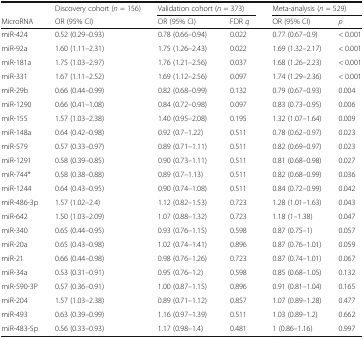
<table><thead><tr><td></td><td><b>Discovery cohort (<i>n</i> = 156)</b></td><td colspan="2"><b>Validation cohort (<i>n</i> = 373)</b></td><td colspan="2"><b>Meta-analysis (<i>n</i> = 529)</b></td></tr><tr><td><b>MicroRNA</b></td><td><b>OR (95% CI)</b></td><td><b>OR (95% CI)</b></td><td><b>FDR <i>q</i></b></td><td><b>OR (95% CI)</b></td><td><b><i>p</i></b></td></tr></thead><tbody><tr><td>miR-424</td><td>0.52 (0.29–0.93)</td><td>0.78 (0.66–0.94)</td><td>0.022</td><td>0.77 (0.67–0.9)</td><td>&lt; 0.001</td></tr><tr><td>miR-92a</td><td>1.60 (1.11–2.31)</td><td>1.75 (1.26–2.43)</td><td>0.022</td><td>1.69 (1.32–2.17)</td><td>&lt; 0.001</td></tr><tr><td>miR-181a</td><td>1.75 (1.03–2.97)</td><td>1.76 (1.21–2.56)</td><td>0.037</td><td>1.68 (1.26–2.23)</td><td>&lt; 0.001</td></tr><tr><td>miR-331</td><td>1.67 (1.11–2.52)</td><td>1.69 (1.12–2.56)</td><td>0.097</td><td>1.74 (1.29–2.36)</td><td>&lt; 0.001</td></tr><tr><td>miR-29b</td><td>0.66 (0.44–0.99)</td><td>0.82 (0.68–0.99)</td><td>0.132</td><td>0.79 (0.67–0.93)</td><td>0.004</td></tr><tr><td>miR-1290</td><td>0.66 (0.41–1.08)</td><td>0.84 (0.72–0.98)</td><td>0.097</td><td>0.83 (0.73–0.95)</td><td>0.006</td></tr><tr><td>miR-155</td><td>1.57 (1.03–2.38)</td><td>1.40 (0.95–2.08)</td><td>0.195</td><td>1.32 (1.07–1.64)</td><td>0.009</td></tr><tr><td>miR-148a</td><td>0.64 (0.42–0.98)</td><td>0.92 (0.7–1.22)</td><td>0.511</td><td>0.78 (0.62–0.97)</td><td>0.023</td></tr><tr><td>miR-579</td><td>0.57 (0.33–0.97)</td><td>0.89 (0.71–1.11)</td><td>0.511</td><td>0.82 (0.69–0.97)</td><td>0.023</td></tr><tr><td>miR-1291</td><td>0.58 (0.39–0.85)</td><td>0.90 (0.73–1.11)</td><td>0.511</td><td>0.81 (0.68–0.98)</td><td>0.027</td></tr><tr><td>miR-744*</td><td>0.58 (0.38–0.88)</td><td>0.89 (0.7–1.13)</td><td>0.511</td><td>0.82 (0.68–0.99)</td><td>0.036</td></tr><tr><td>miR-1244</td><td>0.64 (0.43–0.95)</td><td>0.90 (0.74–1.08)</td><td>0.511</td><td>0.84 (0.72–0.99)</td><td>0.042</td></tr><tr><td>miR-486-3p</td><td>1.57 (1.02–2.4)</td><td>1.12 (0.82–1.53)</td><td>0.723</td><td>1.28 (1.01–1.63)</td><td>0.043</td></tr><tr><td>miR-642</td><td>1.50 (1.03–2.09)</td><td>1.07 (0.88–1.32)</td><td>0.723</td><td>1.18 (1–1.38)</td><td>0.047</td></tr><tr><td>miR-340</td><td>0.65 (0.44–0.95)</td><td>0.93 (0.76–1.15)</td><td>0.598</td><td>0.87 (0.75–1)</td><td>0.057</td></tr><tr><td>miR-20a</td><td>0.65 (0.43–0.98)</td><td>1.02 (0.74–1.41)</td><td>0.896</td><td>0.87 (0.76–1.01)</td><td>0.059</td></tr><tr><td>miR-21</td><td>0.66 (0.44–0.98)</td><td>0.98 (0.76–1.26)</td><td>0.723</td><td>0.87 (0.74–1.01)</td><td>0.067</td></tr><tr><td>miR-34a</td><td>0.53 (0.31–0.91)</td><td>0.95 (0.76–1.2)</td><td>0.598</td><td>0.85 (0.68–1.05)</td><td>0.132</td></tr><tr><td>miR-590-3P</td><td>0.57 (0.36–0.91)</td><td>1.00 (0.87–1.15)</td><td>0.896</td><td>0.91 (0.81–1.04)</td><td>0.165</td></tr><tr><td>miR-204</td><td>1.57 (1.03–2.38)</td><td>0.89 (0.71–1.12)</td><td>0.857</td><td>1.07 (0.89–1.28)</td><td>0.477</td></tr><tr><td>miR-493</td><td>0.63 (0.39–0.99)</td><td>1.16 (0.97–1.39)</td><td>0.511</td><td>1.03 (0.89–1.2)</td><td>0.662</td></tr><tr><td>miR-483-5p</td><td>0.56 (0.33–0.93)</td><td>1.17 (0.98–1.4)</td><td>0.481</td><td>1 (0.86–1.16)</td><td>0.997</td></tr></tbody></table>